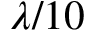
\lambda / 1 0